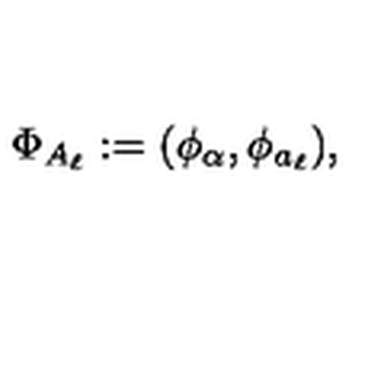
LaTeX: \Phi _ { A _ { \ell } } : = ( \phi _ { \alpha } , \phi _ { a _ { \ell } } ) ,